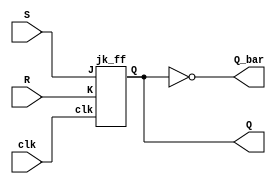
`timescale 1ns / 1ps
//////////////////////////////////////////////////////////////////////////////////
// Company: 
// Engineer: 
// 
// Design Name: 
// Module Name:    srjk 
// Project Name: 
// Target Devices: 
// Tool versions: 
// Description: 
//
// Dependencies: 
//
// Revision: 
// Revision 0.01 - File Created
// Additional Comments: 
//
//////////////////////////////////////////////////////////////////////////////////
module srjk(clk,S,R, Q,Q_bar);
   input clk,S,R;
   output Q;
   output Q_bar;
   jk_ff JKF(clk,S,R, Q);
   assign Q_bar = ~Q;
  endmodule


module jk_ff(clk,J,K, Q);  
   input clk,J,K;
   output reg Q;   
  
   always @(posedge clk)  
   begin
      case ({J,K})  
         2'b00 :  Q <= Q;  
         2'b01 :  Q <= 1'b0;  
         2'b10 :  Q <= 1'b1;  
         2'b11 :  Q <= ~Q;  
      endcase  
   end
endmodule